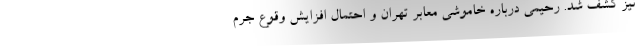
نیز کشف شد. رحیمی درباره خاموشی معابر تهران و احتمال افزایش وقوع جرم